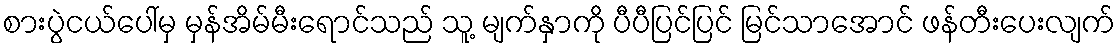
စားပွဲငယ်ပေါ်မှ မှန်အိမ်မီးရောင်သည် သူ့ မျက်နှာကို ပီပီပြင်ပြင် မြင်သာအောင် ဖန်တီးပေးလျက်